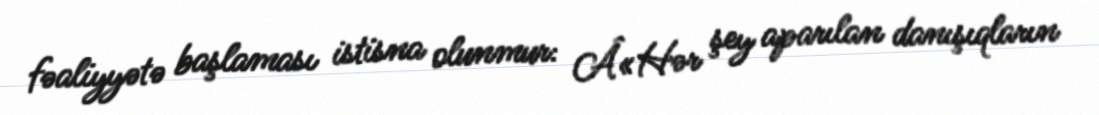
fəaliyyətə başlaması istisna olunmur: Â«Hər şey aparılan danışıqların